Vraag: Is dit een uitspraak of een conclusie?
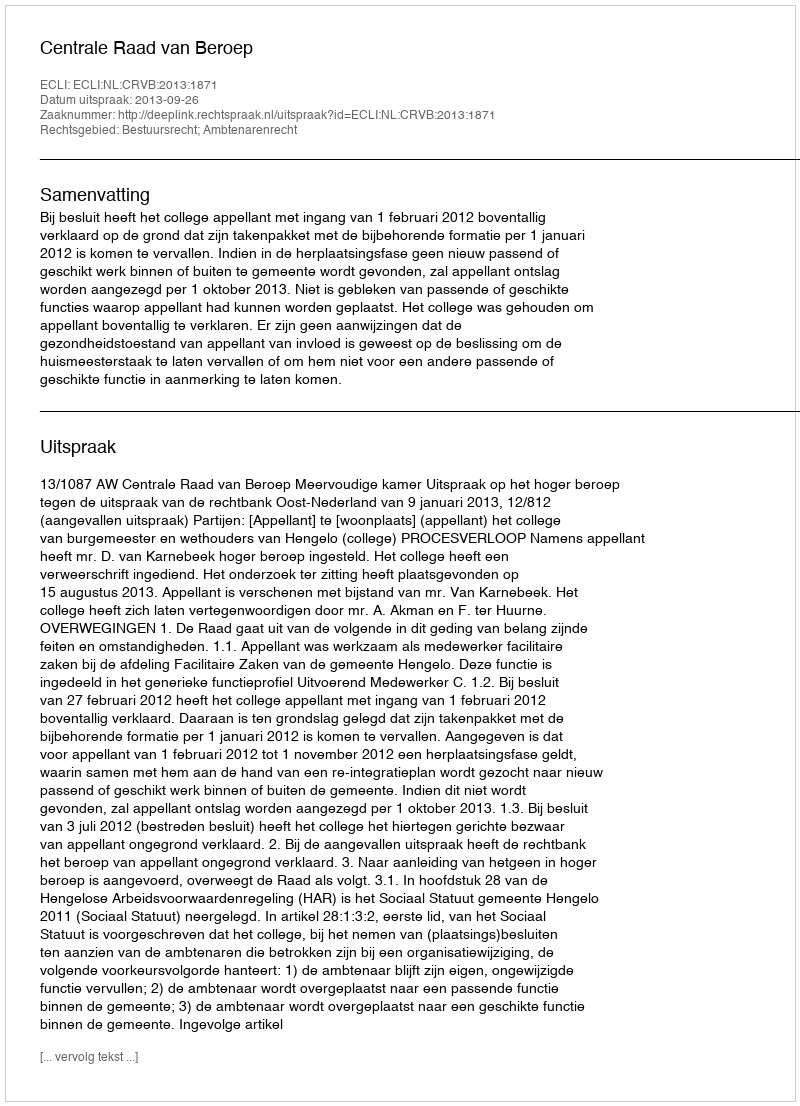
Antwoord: Uitspraak